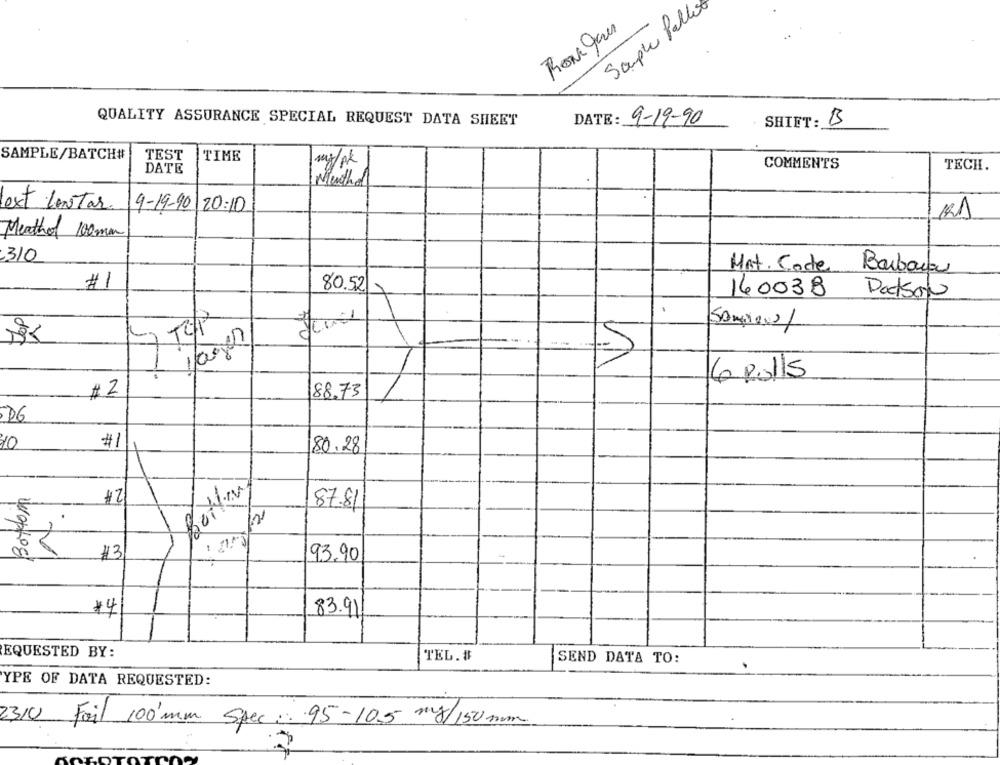
Sample Pallet
RON gam
QUALITY ASSURANCE SPECIAL REQUEST DATA SHEET
DATE: 9-19-90
SHIFT: B
SAMPLE/BATCH#
TEST
TIME
DATE
COMMENTS
TECH.
est lenstar
9-19-90 20:10
Meathol 100mm
310
Mat. Code
Barbara
#1
80.52
160038
Dodson
.
5 PR
Lages
5
6 Rolls
#2
88.73
D6
#1
10
80.28
#2
87.81
#3
93.90
14
83.91.
EQUESTED BY:
TEL. #
SEND DATA TO:
YPE OF DATA REQUESTED:
2310 Fail 100'mm Spec. 95-10.5 mg/150mm.